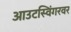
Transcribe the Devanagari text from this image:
आउटस्विंगरवर